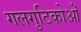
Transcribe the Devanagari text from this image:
गलगुटिकोओं